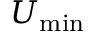
U _ { \mathrm { m i n } }